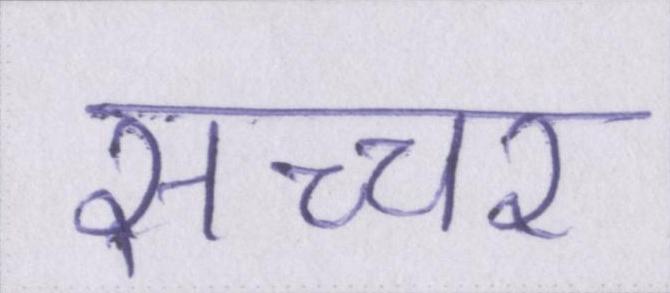
सच्चर